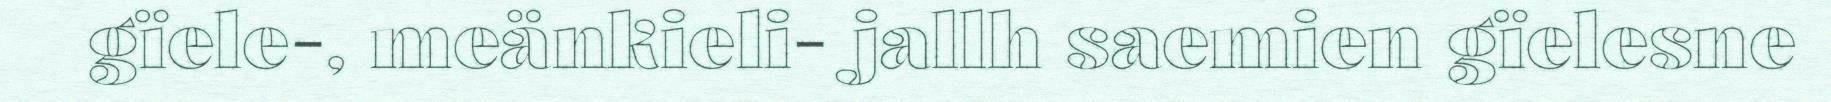
gïele-, meänkieli- jallh saemien gïelesne